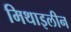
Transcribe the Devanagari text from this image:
मिथाइलीन